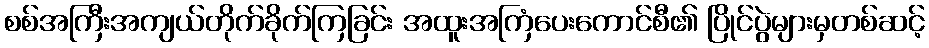
စစ်အကြီးအကျယ်တိုက်ခိုက်ကြခြင်း အထူးအကြံပေးကောင်စီ၏ ပြိုင်ပွဲများမှတစ်ဆင့်